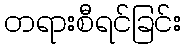
တရားစီရင်ခြင်း